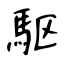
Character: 駆